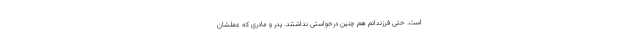
است. حتی فرزندانم هم چنین درخواستی نداشتند. پدر و مادری که عملشان